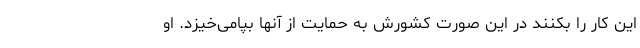
این کار را بکنند در این صورت کشورش به حمایت از آنها بپامی‌خیزد. او